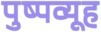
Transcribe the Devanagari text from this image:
पुष्पव्यूह